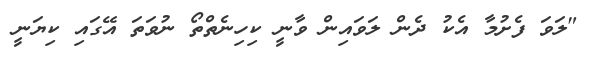
"ލަވަ ފެށުމާ އެކު ދެން ލަވައިން ވާނީ ކިހިނެތްތޯ ނުވަތަ އޭގައި ކިޔަނީ